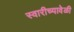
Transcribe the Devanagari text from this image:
स्वारीच्यावेळी